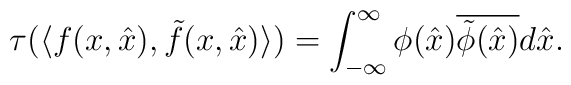
\tau(\langle f(x,\hat{x}),\tilde{f}(x,\hat{x})\rangle)=\int_{-\infty}^\infty\phi(\hat{x})\overline{\tilde{\phi}(\hat{x})}d\hat{x}.